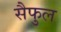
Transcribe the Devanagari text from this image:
सैफुल